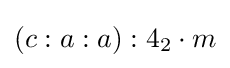
(c:a:a):4_{2}\cdot m